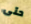
حتى